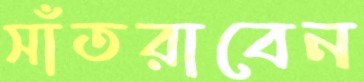
সাঁতরাবেন